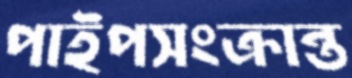
পাইপসংক্রান্ত